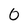
Character: 0